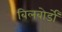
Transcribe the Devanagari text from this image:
बिलबोर्डों